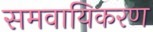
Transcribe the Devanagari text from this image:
समवायिकरण